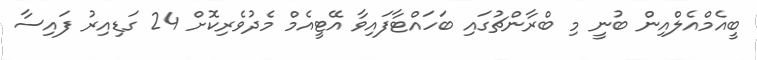
ބީއެމްއެލްއިން ބުނީ މި ބްރާންޗުގައި ބަހައްޓާފައިވާ އޭޓީއެމް މެދުވެރިކޮށް 24 ގަޑިއިރު ފައިސާ